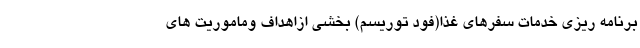
برنامه ریزی خدمات سفرهای غذا(فود توریسم) بخشی ازاهداف وماموریت های